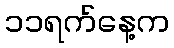
၁၁ရက်နေ့က